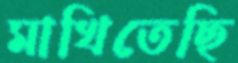
মাখিতেছি